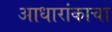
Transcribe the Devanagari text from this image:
आधारांकाचा